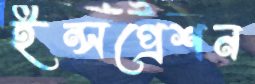
ইন্সপ্রেশন